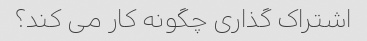
اشتراک گذاری چگونه کار می کند؟